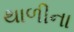
થાળીના